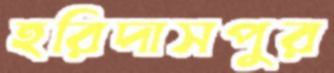
হরিদাসপুর